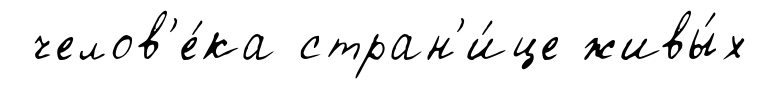
челов'е́ка стран'и́це живы́х